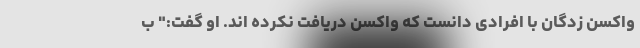
واکسن زدگان با افرادی دانست که واکسن دریافت نکرده اند. او گفت:" ب